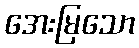
အေးမြသော